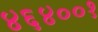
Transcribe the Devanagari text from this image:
४६४००१